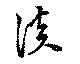
談